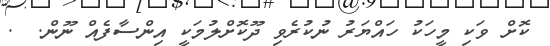
ކޮށް ވަކި މީހަކު ހައްޔަރު ނުކުރެވި ދޫކޮށްލުމަކީ އިންސާފެއް ނޫން.  .